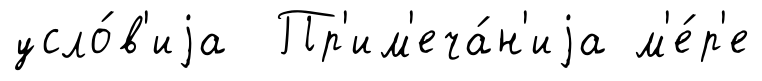
усло́в'иjа Пр'им'еча́н'иjа м'е́р'е